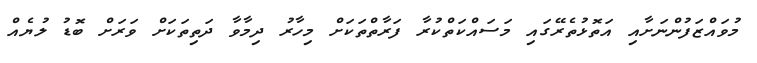
މުވައްޒަފުންނަށާއި އަތޮޅުތެރޭގައި މަސައްކަތްކުރާ ފަރާތްތަކަށް މިހާރު ދިމާވާ ދަތިތަކަށް ވަރަށް ބޮޑު ލުޔެއް